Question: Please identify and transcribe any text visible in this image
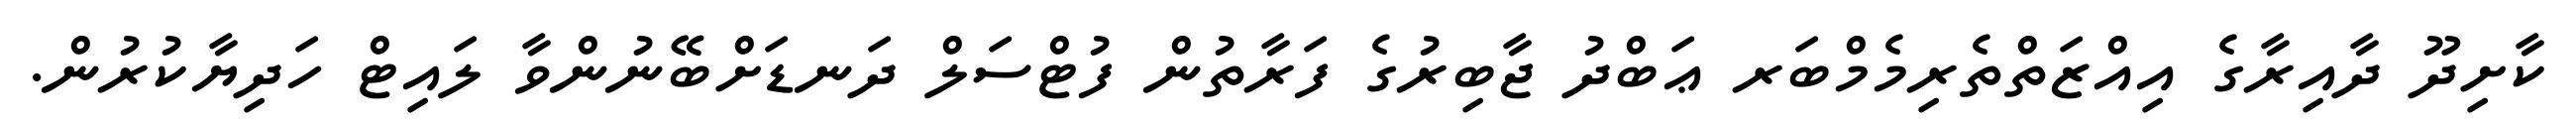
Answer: ކާށިދޫ ދާއިރާގެ އިއްޒަތްތެރިމެމްބަރ ޢަބްދު ޖާބިރުގެ ފަރާތުން ފުޓްސަލް ދަނޑަށްބޭނުންވާ ލައިޓް ހަދިޔާކުރުން.